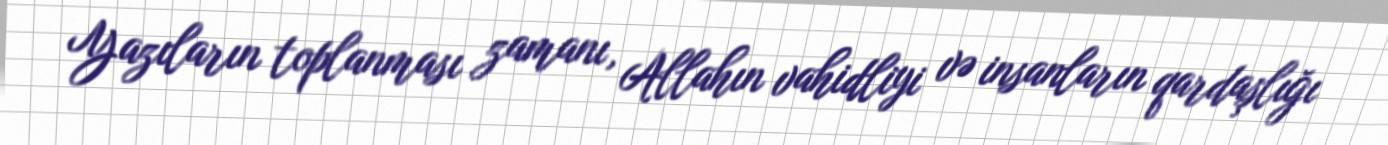
Yazıların toplanması zamanı, Allahın vahidliyi və insanların qardaşlığı